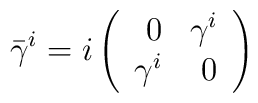
\bar \gamma^i = i \left( \begin{array}{rr} 0 & \gamma^i \\ \gamma^i & 0 \\\end{array} \right)